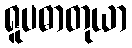
ရူပဓာတုယာ